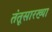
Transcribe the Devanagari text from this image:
तंतूसारख्या